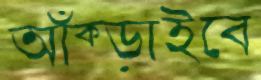
আঁক্‌ড়াইবে